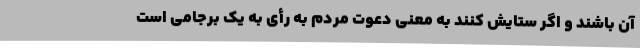
آن باشند و اگر ستایش کنند به معنی دعوت مردم به رأی به یک برجامی است